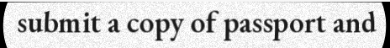
submit a copy of passport and